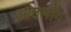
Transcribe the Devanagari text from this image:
आठलोंग